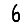
Digit: 6